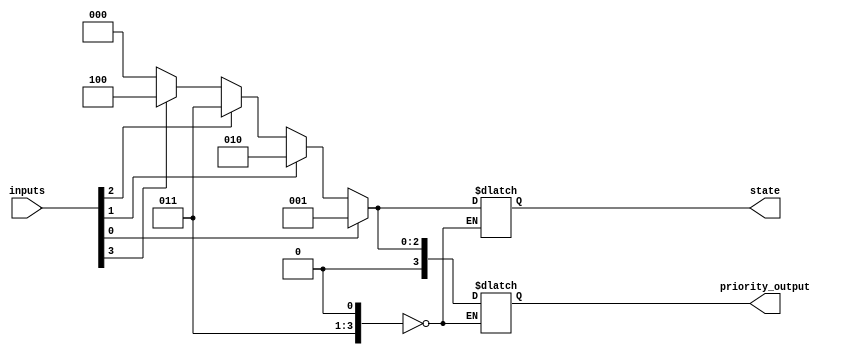
module priority_encoding_state_machine(
    input wire [N-1:0] inputs,
    output reg [N-1:0] priority_output,
    output reg [M-1:0] state
);

parameter N = 4; // Number of inputs
parameter M = 3; // Number of states

reg [N-1:0] priority;
reg [N-1:0] current_state;

always @ (inputs or current_state) begin
    case (current_state)
        0: begin
            if (inputs[0] == 1) begin
                priority <= 1;
                state <= 1;
            end
            else if (inputs[1] == 1) begin
                priority <= 2;
                state <= 2;
            end
            else if (inputs[2] == 1) begin
                priority <= 3;
                state <= 3;
            end
            else if (inputs[3] == 1) begin
                priority <= 4;
                state <= 4;
            end
            else begin
                priority <= 0;
                state <= 0;
            end
        end
        // Add more states and input prioritization logic as needed
    endcase
end

assign priority_output = priority;

endmodule